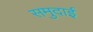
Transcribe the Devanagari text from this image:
समुदाई